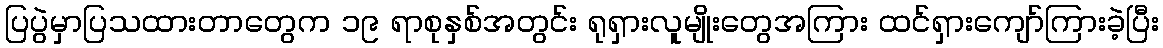
ပြပွဲမှာပြသထားတာတွေက ၁၉ ရာစုနှစ်အတွင်း ရုရှားလူမျိုးတွေအကြား ထင်ရှားကျော်ကြားခဲ့ပြီး